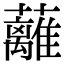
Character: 蘺